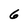
Character: 6